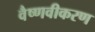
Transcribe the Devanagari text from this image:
वैष्णवीकरण